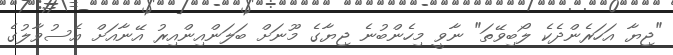
"ޖިޔާ އަހަރެންދެކެ ލޯބިވޭތަ" ނާވީ މިހެންބުނެ ޖިޔާގެ މޫނަށް ބަލަންއިންއިރު އޭނާއަށް އެސުވާލުގެ